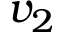
v _ { 2 }